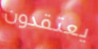
يعتقدون